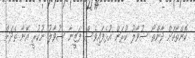
ކޮންތާކަށް ދާންތޯ ސުވާލު ކުރަން އުޅެފައިވެސް ފަޒީނާ ސުވާލު ނުކުރީ އޭނާ ތެދަށް